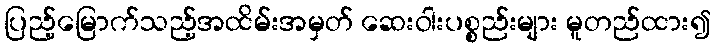
ပြည့်မြောက်သည့်အထိမ်းအမှတ် ဆေးဝါးပစ္စည်းများ မူတည်ထား၍